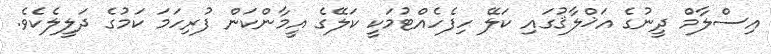
އިސްލާމް ދީނުގެ އަޚްލާޤުގައި ކަލޭ ހިފެހެއްޓުމަކީ ކަލޭގެ އީމާންކަން ފުރިހަމަ ކަމުގެ ދަލީލެކެވެ.